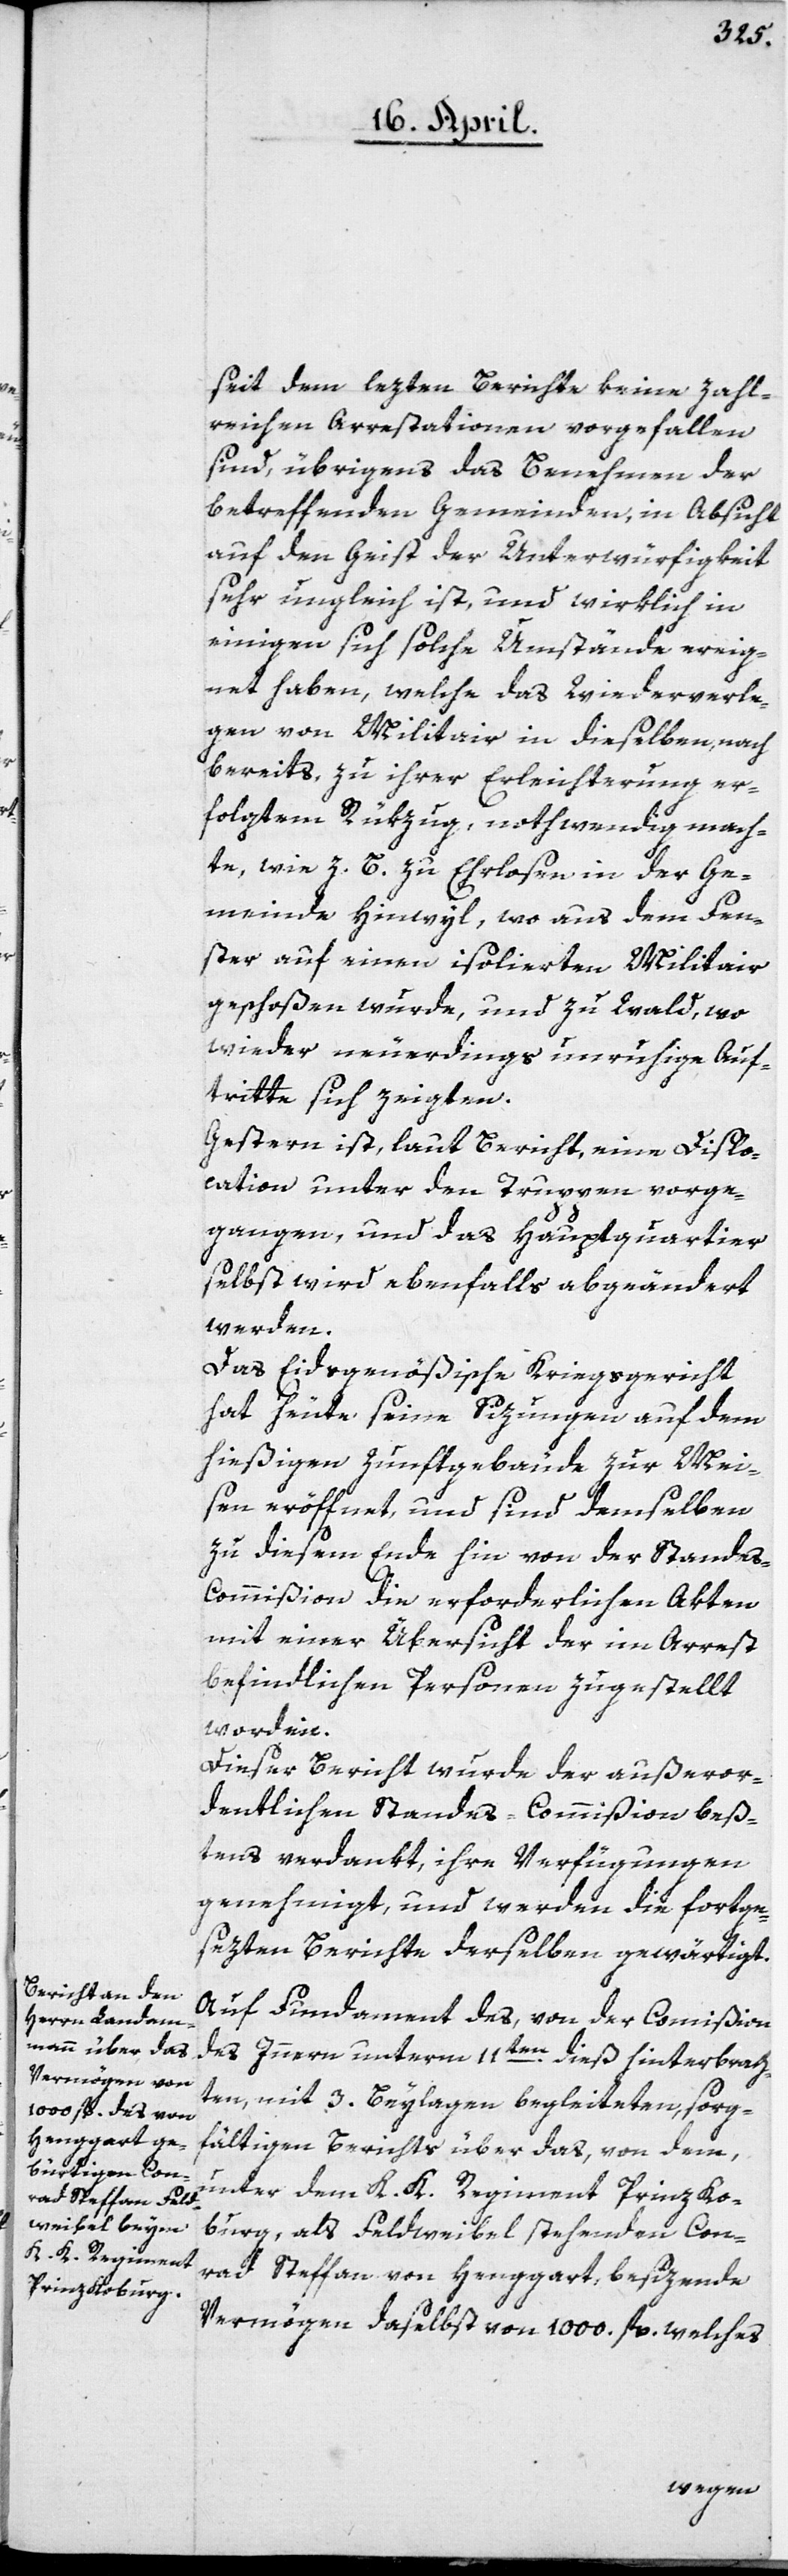
seit dem lezten Berichte keine zahl¬
reichen Arrestationen vorgefallen
sind, übrigens das Benehmen der
betreffenden Gemeinden, in Absicht
auf den Geist der Unterwürfigkeit
sehr ungleich ist, und wirklich in
einigen sich solche Umstände ereig¬
net haben, welche das Wiederverle¬
gen von Militair in dieselben, nach
bereits, zu ihrer Erleichterung er¬
folgtem Rükzug nothwendig mach¬
te, wie z. B. zu Ehrlosen in der Ge¬
meinde Hinwyl, wo aus dem Fen¬
ster auf einen isolierten Militair
geschoßen wurde, und zu Wald, wo
wieder neuerdings unruhige Auf¬
tritte sich zeigten.
Gestern ist, laut Bericht, eine Dislo¬
cation unter den Truppen vorge¬
gangen, und das Hauptquartier
selbst wird ebenfalls abgeändert
werden.
Das Eidsgenößische Kriegsgericht
hat heute seine Sizungen auf dem
hießigen Zunftgebäude zur Mei¬
sen eröffnet, und sind demselben
zu diesem Ende hin von der Stande¬
s-Commißion die erforderlichen Akten
mit einer Übersicht der im Arrest
befindlichen Personen zugestellt
worden.
Dieser Bericht wurde der außeror¬
dentlichen Standes-Commißion beß¬
tens verdankt, ihre Verfügungen
genehmigt, und werden die fortge¬
sezten Berichte derselben gewärtigt.
Auf Fundament des, von der Commißion
des Innern unterm 11ten dieß hinterbrach¬
ten, mit 3. Beylagen begleiteten, sorg¬
fältigen Berichts über das, von dem,
unter dem K. K. Regiment Prinz Ko¬
burg, als Feldweibel stehenden Con¬
rad Steffan von Henggart, besizende
Vermögen daselbst von 1000 fl. welches